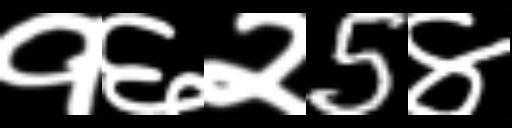
Text: १६२5४